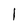
Character: l